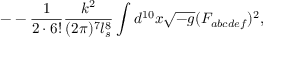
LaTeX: - - \frac { 1 } { 2 \cdot 6 ! } \frac { k ^ { 2 } } { ( 2 \pi ) ^ { 7 } l _ { s } ^ { 8 } } \int d ^ { 1 0 } x \sqrt { - g } ( F _ { a b c d e f } ) ^ { 2 } ,